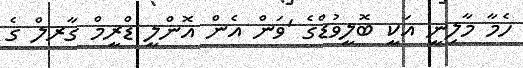
ހެމާ މާލިނީ އަކީ ބޮލީވުޑްގެ 'ވަން އެން އޮންލީ ޑްރީމް ގާރލް ގެ